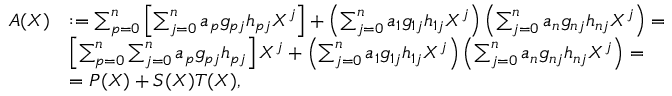
\begin{array} { r l } { A ( X ) } & { : = \sum _ { p = 0 } ^ { n } \left[ \sum _ { j = 0 } ^ { n } a _ { p } g _ { p j } h _ { p j } X ^ { j } \right] + \left( \sum _ { j = 0 } ^ { n } a _ { 1 } g _ { 1 j } h _ { 1 j } X ^ { j } \right) \left( \sum _ { j = 0 } ^ { n } a _ { n } g _ { n j } h _ { n j } X ^ { j } \right) = } \\ & { \left[ \sum _ { p = 0 } ^ { n } \sum _ { j = 0 } ^ { n } a _ { p } g _ { p j } h _ { p j } \right] X ^ { j } + \left( \sum _ { j = 0 } ^ { n } a _ { 1 } g _ { 1 j } h _ { 1 j } X ^ { j } \right) \left( \sum _ { j = 0 } ^ { n } a _ { n } g _ { n j } h _ { n j } X ^ { j } \right) = } \\ & { = P ( X ) + S ( X ) T ( X ) , } \end{array}